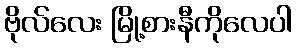
ဗိုလ်လေး မြို့စားနီကိုလေပါ